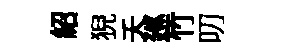
紹猊夭廵竹叨